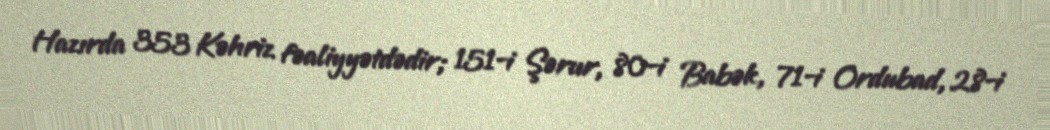
Hazırda 353 Kəhriz fəaliyyətdədir; 151-i Şərur, 80-i Babək, 71-i Ordubad, 28-i